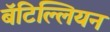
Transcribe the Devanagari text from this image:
बॅटिल्लियन